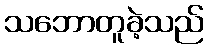
သဘောတူခဲ့သည်